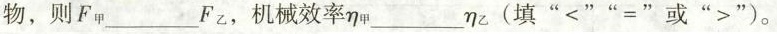
物，则F_{甲}___F_{乙} ，机械效率η_{甲} ___ η_{乙}(填”<””=”或”>”)。